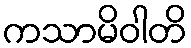
ကသာမိဝါတိ